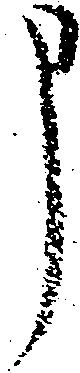
申